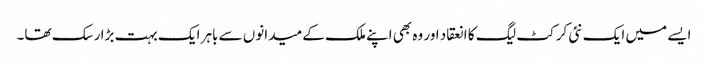
ایسے میں ایک نئی کرکٹ لیگ کا انعقاد اور وہ بھی اپنے ملک کے میدانوں سے باہر ایک بہت بڑا رسک تھا۔